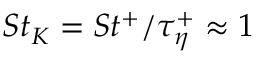
S t _ { K } = S t ^ { + } / \tau _ { \eta } ^ { + } \approx 1